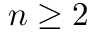
n \geq 2